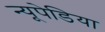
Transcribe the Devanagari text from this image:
न्यूपेडिया